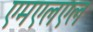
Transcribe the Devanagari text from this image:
एमएलएल